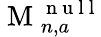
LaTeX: \mathrm{~M~}_{n,a}^{\mathrm{~n~u~l~l~}}